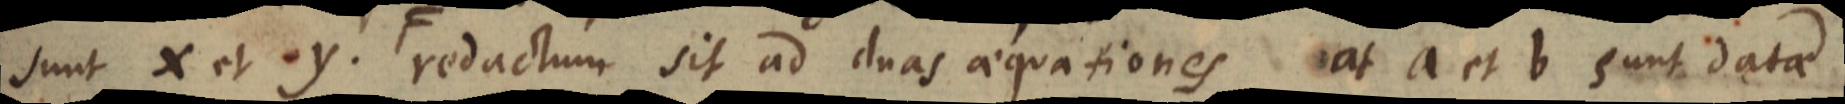
sunt x et y. F redactum sit ad duas aequationes at a et b sunt datae